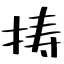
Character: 𢭏